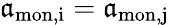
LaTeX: {\mathfrak{a}_{\mathrm{{mon,i}}}=\mathfrak{a}_{\mathrm{{mon,j}}}}